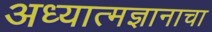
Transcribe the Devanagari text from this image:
अध्यात्मज्ञानाचा